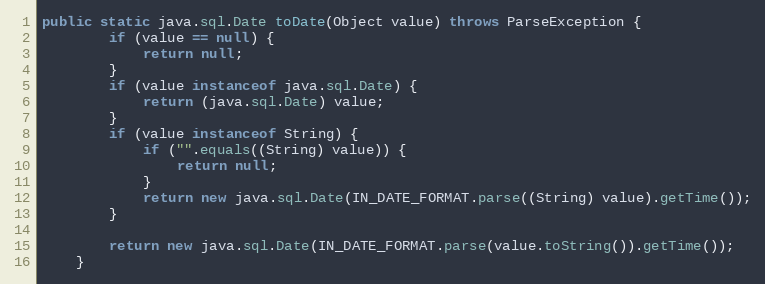
Language: Java
public static java.sql.Date toDate(Object value) throws ParseException {
        if (value == null) {
            return null;
        }
        if (value instanceof java.sql.Date) {
            return (java.sql.Date) value;
        }
        if (value instanceof String) {
            if ("".equals((String) value)) {
                return null;
            }
            return new java.sql.Date(IN_DATE_FORMAT.parse((String) value).getTime());
        }

        return new java.sql.Date(IN_DATE_FORMAT.parse(value.toString()).getTime());
    }